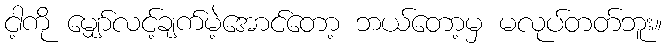
ငါ့ကို မျှော်လင့်ချက်မဲ့အောင်တော့ ဘယ်တော့မှ မလုပ်တတ်ဘူး။